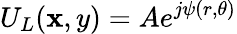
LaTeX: U_{L}(\mathbf{x},y)=Ae^{j\psi(r,\theta)}